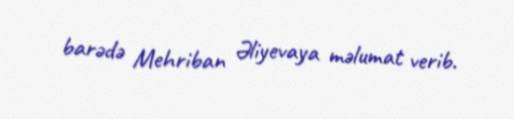
barədə Mehriban Əliyevaya məlumat verib.